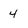
Character: 4